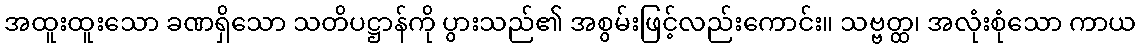
အထူးထူးသော ခဏရှိသော သတိပဋ္ဌာန်ကို ပွားသည်၏ အစွမ်းဖြင့်လည်းကောင်း။ သဗ္ဗတ္ထ၊ အလုံးစုံသော ကာယ